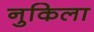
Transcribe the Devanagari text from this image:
नुकिला